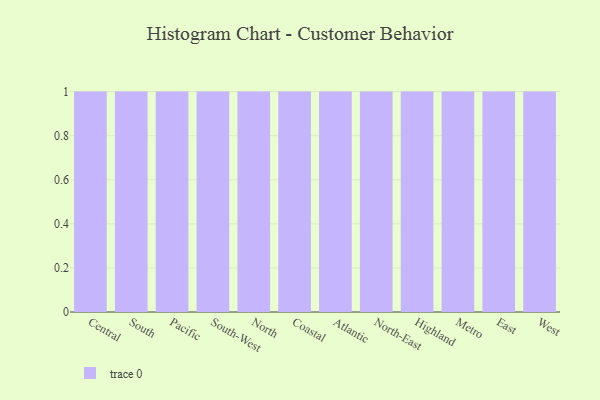
{"axis": {"x": "Region", "y": "Market Share (%)"}, "legend": [""], "data": [{"x": "Central", "y": 28, "type": ""}, {"x": "South", "y": 64, "type": ""}, {"x": "Pacific", "y": 28, "type": ""}, {"x": "South-West", "y": 15, "type": ""}, {"x": "North", "y": 12, "type": ""}, {"x": "Coastal", "y": 69, "type": ""}, {"x": "Atlantic", "y": 15, "type": ""}, {"x": "North-East", "y": 42, "type": ""}, {"x": "Highland", "y": 63, "type": ""}, {"x": "Metro", "y": 86, "type": ""}, {"x": "East", "y": 79, "type": ""}, {"x": "West", "y": 90, "type": ""}]}